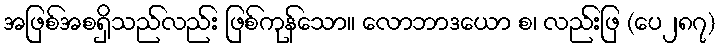
အဖြစ်အစရှိသည်လည်း ဖြစ်ကုန်သော။ လောဘာဒယော စ၊ လည်းဖြ (ပေ၂၈၇)